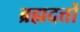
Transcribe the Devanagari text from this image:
ब्रह्मदत्तों